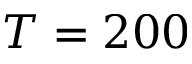
T = 2 0 0